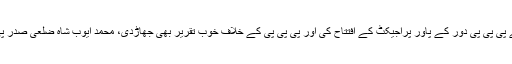
وزیراعلیٰ نے پی پی پی دور کے پاور پراجیکٹ کے افتتاح کی اور پی پی پی کے خلاف خوب تقریر بھی جھاڑدی، محمد ایوب شاہ ضلعی صدر پی پی پی غذر